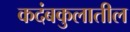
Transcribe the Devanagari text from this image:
कदंबकुलातील